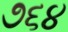
૭૬૪